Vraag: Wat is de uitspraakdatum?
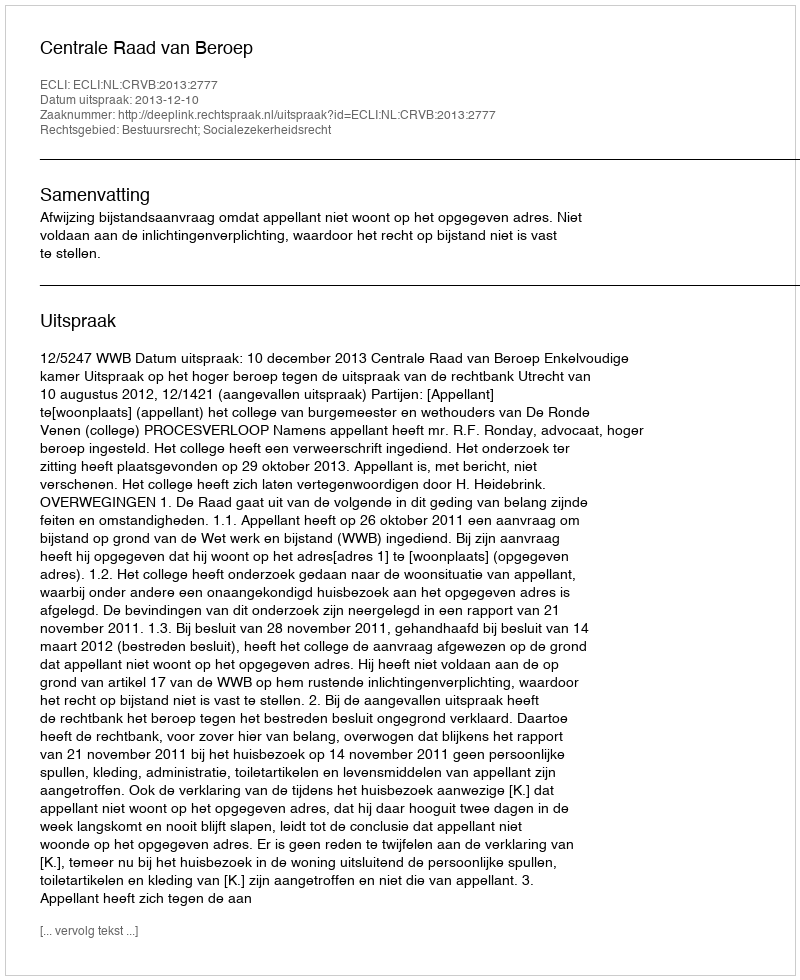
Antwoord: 2013-12-10